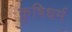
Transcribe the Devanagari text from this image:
कृषिधर्म